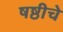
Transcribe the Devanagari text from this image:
षष्ठीचे